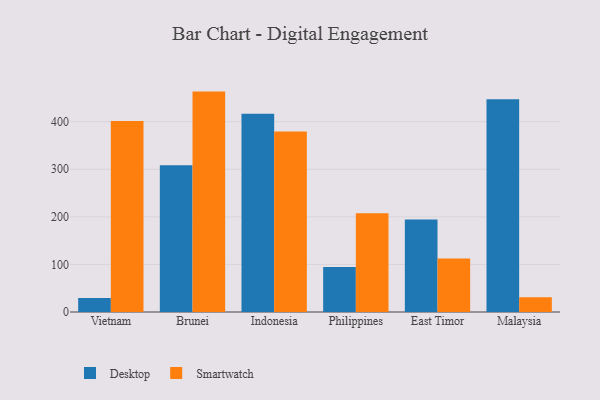
{"axis": {"x": "Country", "y": "Energy Usage (MWh)"}, "legend": ["Desktop", "Smartwatch"], "data": [{"x": "Vietnam", "y": 29.5, "type": "Desktop"}, {"x": "Vietnam", "y": 401.7, "type": "Smartwatch"}, {"x": "Brunei", "y": 308.4, "type": "Desktop"}, {"x": "Brunei", "y": 463.3, "type": "Smartwatch"}, {"x": "Indonesia", "y": 416.5, "type": "Desktop"}, {"x": "Indonesia", "y": 379.5, "type": "Smartwatch"}, {"x": "Philippines", "y": 94.5, "type": "Desktop"}, {"x": "Philippines", "y": 207.5, "type": "Smartwatch"}, {"x": "East Timor", "y": 194.3, "type": "Desktop"}, {"x": "East Timor", "y": 112.2, "type": "Smartwatch"}, {"x": "Malaysia", "y": 447.3, "type": "Desktop"}, {"x": "Malaysia", "y": 31.2, "type": "Smartwatch"}]}